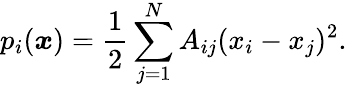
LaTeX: p_{i}({\boldsymbol x})=\frac{1}{2}\sum_{j=1}^{N}A_{ij}(x_{i}-x_{j})^{2}.